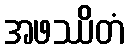
အဖဿိတံ